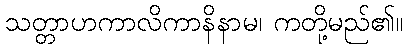
သတ္တာဟကာလိကာနိနာမ၊ ကတို့မည်၏။